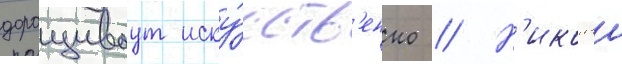
доращиваут иску́сств'енно // Н'иколаи